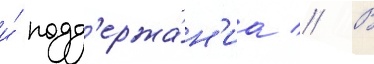
и́ подд'ержа́н'иа // В